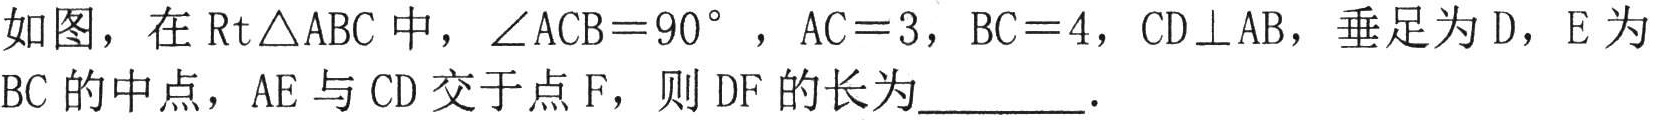
如图，在$\text{Rt}\triangle ABC$中，$\angle ACB = 90^{\circ}$，$AC = 3$，$BC = 4$，$CD\perp AB$，垂足为$D$，$E$为$BC$的中点，$AE$与$CD$交于点$F$，则$DF$的长为________．